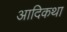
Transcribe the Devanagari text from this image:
आदिकथा